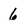
Character: 6